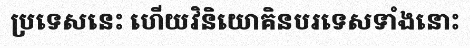
ប្រទេសនេះ ហើយវិនិយោគិនបរទេសទាំងនោះ